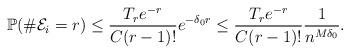
LaTeX: \begin{align*} \mathbb{P}(\#{\cal E}_i = r) \leq \frac{T_re^{-r}}{C(r-1)!}e^{-\delta_0 r}\leq \frac{T_re^{-r}}{C(r-1)!}\frac{1}{n^{M\delta_0}}.\end{align*}